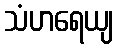
သံဟရေယျ